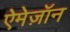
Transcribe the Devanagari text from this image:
ऐमेज़ॉन